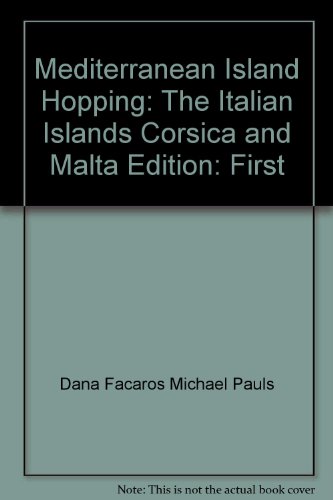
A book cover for Mediterranean island hopping--the Italian islands, Corsica/Malta: A handbook for the independent traveller (Island hopping series); Dana Facaros; Travel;